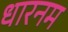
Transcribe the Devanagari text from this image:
धारनम